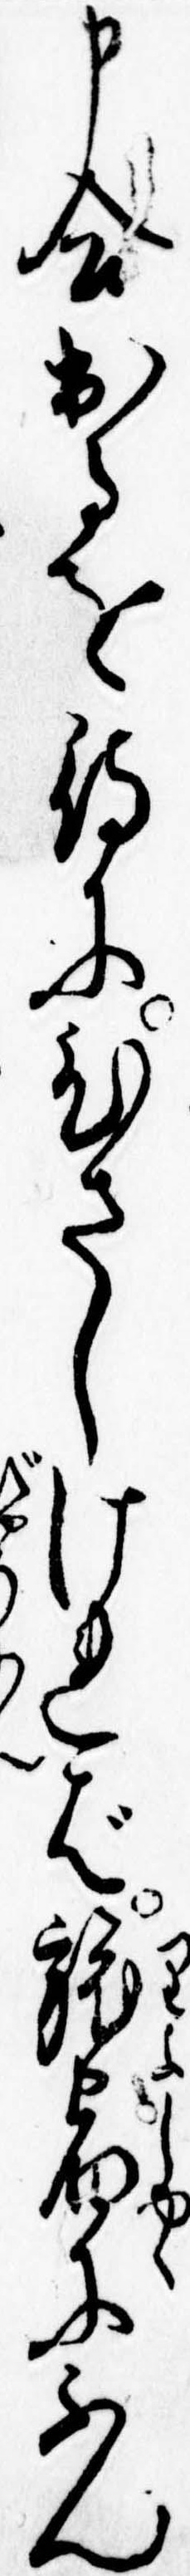
申合出るを待にひさしければ旅宿にふん